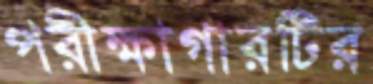
পরীক্ষাগারটির